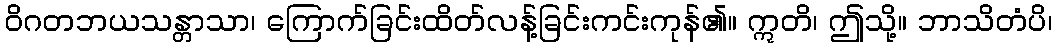
ဝိဂတဘယသန္တာသာ၊ ကြောက်ခြင်းထိတ်လန့်ခြင်းကင်းကုန်၏။ ဣတိ၊ ဤသို့။ ဘာသိတံပိ၊